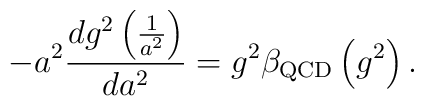
-a^2\frac{dg^2\left(\frac{1}{a^2}\right)}{da^2}=g^2\beta_{\rm QCD}\left(g^2\right).